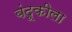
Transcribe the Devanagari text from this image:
बंदूकीला